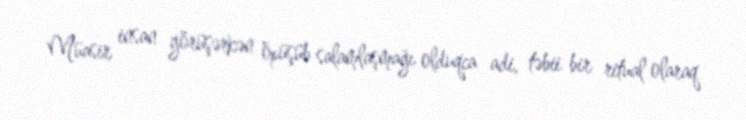
Müasir insan görüşərkən öpüşüb salamlaşmağı olduqca adi, təbii bir ritual olaraq